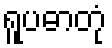
ရူပဓာတုံ